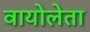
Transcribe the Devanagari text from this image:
वायोलेता